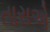
તારાએ